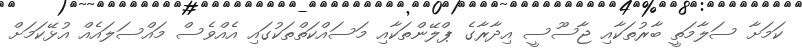
ކަމަށާ ސަލާމަތީ ބާރުތަކާއި ޖާސޫސީ އިދާރާގެ ޕްލޭންތަކާއި މަސައްކަތްތަކުގައި އެއްވެސް މައްސަލައެއް އުޅޭކަމަށް